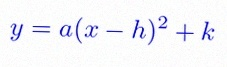
y=a(x-h)^2+k